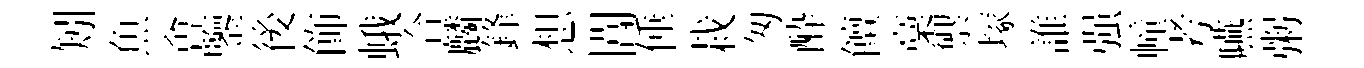
矧魚㑹鑒後飾蛾合麟鋒想閶倕栽匆酔饘稾禦塚誰强幢考嚥粥